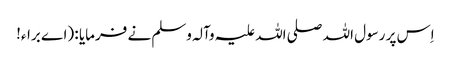
اِس پر رسول اللہ صلی اللہ علیہ وآلہ وسلم نے فرمایا : (اے براء!